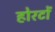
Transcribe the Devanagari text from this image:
होरटों